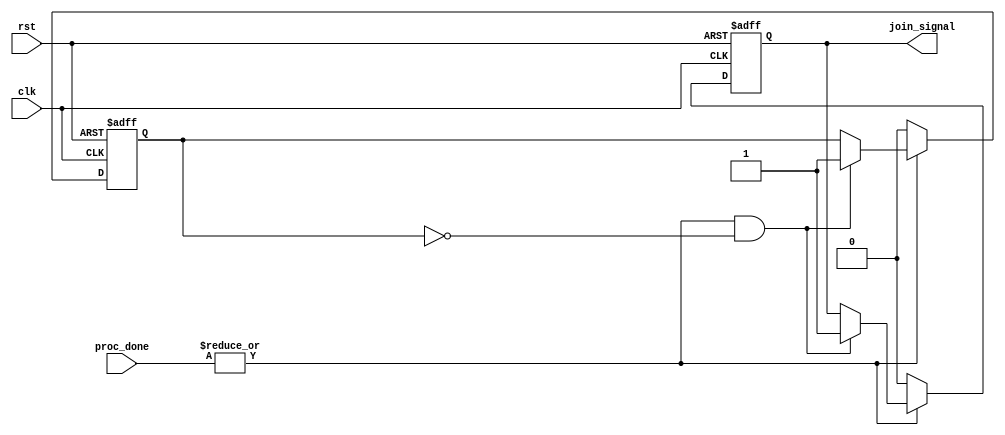
module ForkJoinAny #(
    parameter NUM_PROCESSES = 4  // Parameter to define the number of processes
)(
    input wire [NUM_PROCESSES-1:0] proc_done,  // Input completion signals for each process
    input wire clk,                            // Clock signal
    input wire rst,                            // Reset signal
    output reg join_signal                     // Join signal output
);

// Internal variable to track if a process has completed
reg process_completed;

always @(posedge clk or posedge rst) begin
    if (rst) begin
        // Reset state
        join_signal <= 1'b0;
        process_completed <= 1'b0;
    end else begin
        // Check for process completion
        if (|proc_done && !process_completed) begin
            // If any process is done and we have not asserted join_signal yet
            join_signal <= 1'b1;
            process_completed <= 1'b1; // Indicate a process has completed
        end
        
        // Optionally, reset join_signal for next operations
        // Here it can be reset by the external system acknowledging the join_signal
        // For this example, we keep join_signal asserted until process is cleared
        // Additional logic might be needed to clear join_signal based on specific conditions

        // If no process has completed, keep the join_signal low
        if (!|proc_done) begin
            join_signal <= 1'b0;
            process_completed <= 1'b0;  // Reset the completion status for next monitoring
        end
    end
end

endmodule